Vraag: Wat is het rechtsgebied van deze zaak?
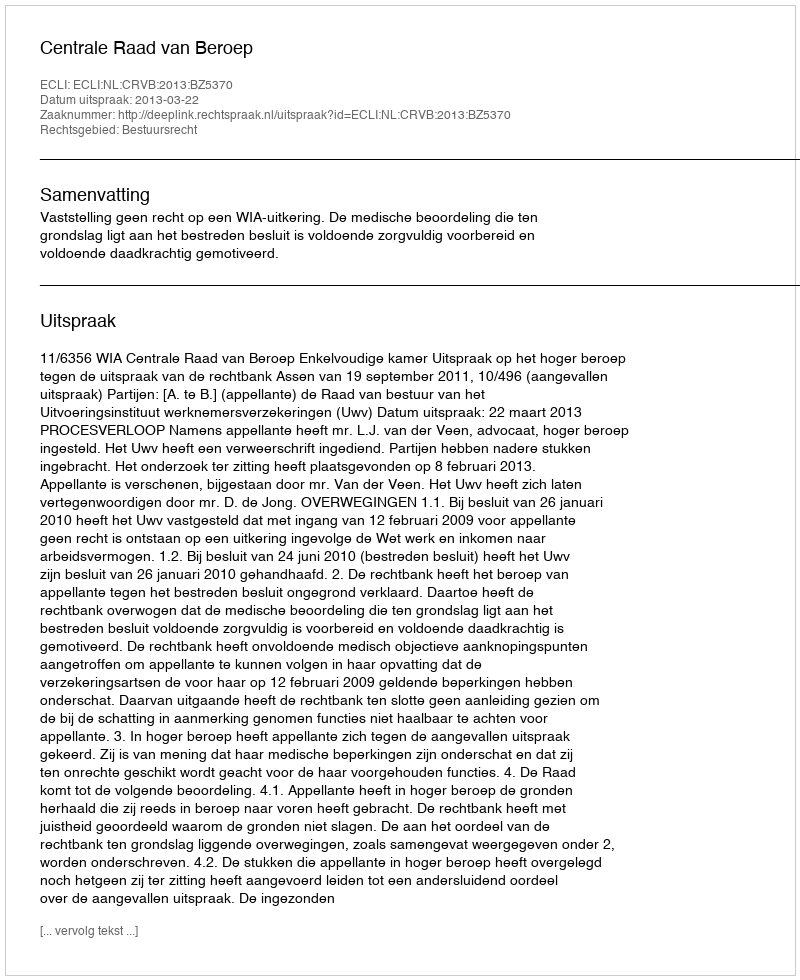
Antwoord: Bestuursrecht